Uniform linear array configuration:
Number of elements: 16
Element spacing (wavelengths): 0.25
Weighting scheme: uniform
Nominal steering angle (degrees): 15
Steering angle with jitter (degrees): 14.456
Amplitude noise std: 0.05
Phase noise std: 0.05

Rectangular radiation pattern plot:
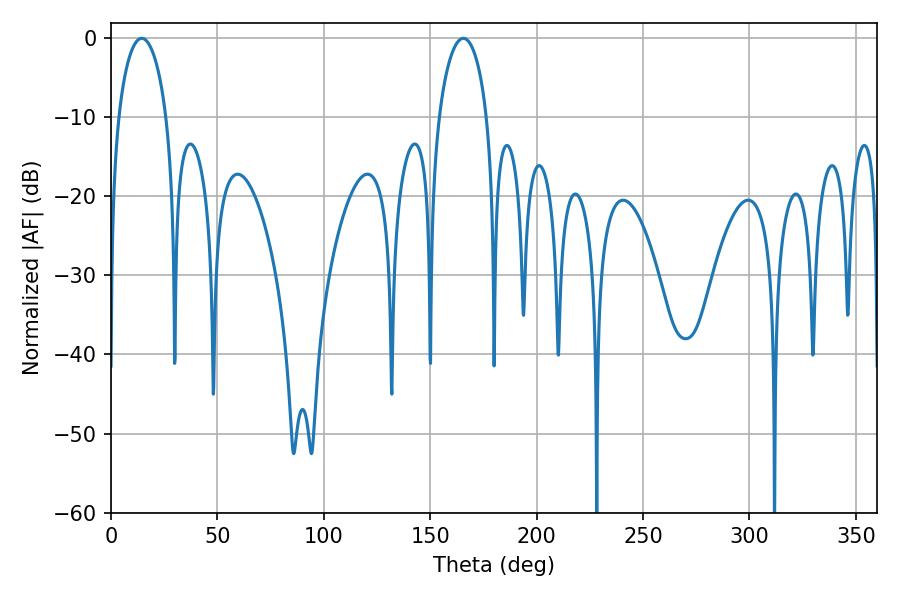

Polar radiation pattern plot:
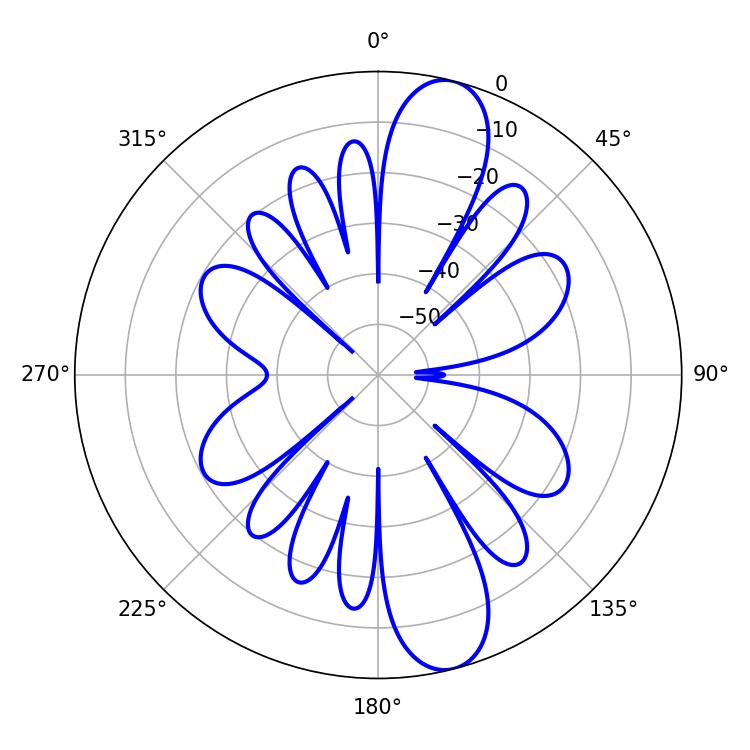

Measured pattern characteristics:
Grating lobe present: FALSE
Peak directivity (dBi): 12.045
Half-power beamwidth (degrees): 12.96
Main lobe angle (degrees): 14.4